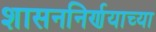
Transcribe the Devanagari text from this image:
शासननिर्णयाच्या